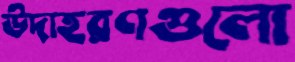
উদাহরণগুলো